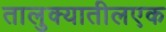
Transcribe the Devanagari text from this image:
तालुक्यातीलएक